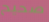
صحيح